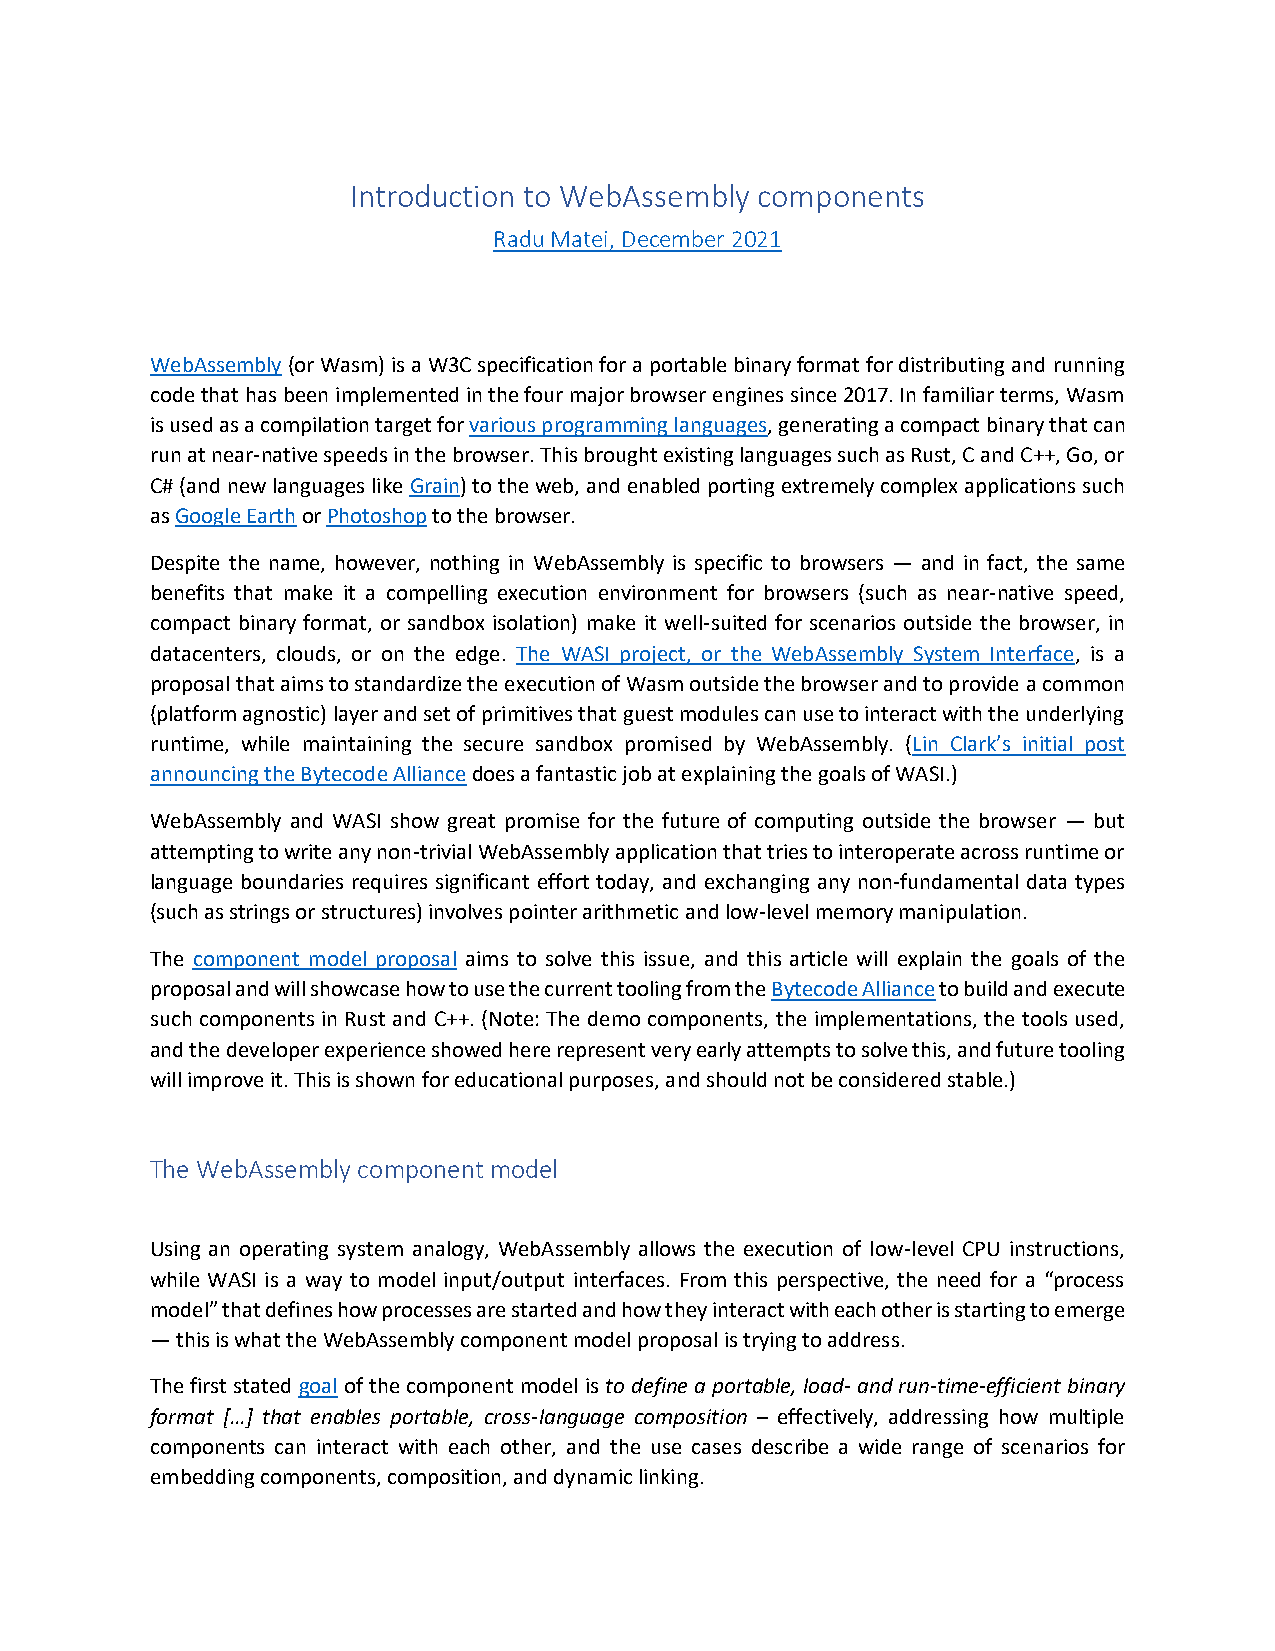
Introduction to WebAssembly components
 Radu Matei, December 2021
 WebAssembly (or Wasm) is a W3C specification for a portable binary format for distributing and running
 code that has been implemented in the four major browser engines since 2017. In familiar terms, Wasm
 is used as a compilation target for various programming languages, generating a compact binary that can
 run at near-native speeds in the browser. This brought existing languages such as Rust, C and C++, Go, or
 C# (and new languages like Grain) to the web, and enabled porting extremely complex applications such
 as Google Earth or Photoshop to the browser.
 Despite the name, however, nothing in WebAssembly is specific to browsers — and in fact, the same
 benefits that make it a compelling execution environment for browsers (such as near-native speed,
 compact binary format, or sandbox isolation) make it well-suited for scenarios outside the browser, in
 datacenters, clouds, or on the edge. The WASI project, or the WebAssembly System Interface, is a
 proposal that aims to standardize the execution of Wasm outside the browser and to provide a common
 (platform agnostic) layer and set of primitives that guest modules can use to interact with the underlying
 runtime, while maintaining the secure sandbox promised by WebAssembly. (Lin Clark’s initial post
 announcing the Bytecode Alliance does a fantastic job at explaining the goals of WASI.)
 WebAssembly and WASI show great promise for the future of computing outside the browser — but
 attempting to write any non-trivial WebAssembly application that tries to interoperate across runtime or
 language boundaries requires significant effort today, and exchanging any non-fundamental data types
 (such as strings or structures) involves pointer arithmetic and low-level memory manipulation.
 The component model proposal aims to solve this issue, and this article will explain the goals of the
 proposal and will showcase how to use the current tooling from the Bytecode Alliance to build and execute
 such components in Rust and C++. (Note: The demo components, the implementations, the tools used,
 and the developer experience showed here represent very early attempts to solve this, and future tooling
 will improve it. This is shown for educational purposes, and should not be considered stable.)
 The WebAssembly component model
 Using an operating system analogy, WebAssembly allows the execution of low-level CPU instructions,
 while WASI is a way to model input/output interfaces. From this perspective, the need for a “process
 model” that defines how processes are started and how they interact with each other is starting to emerge
 — this is what the WebAssembly component model proposal is trying to address.
 The first stated goal of the component model is to define a portable, load- and run-time-efficient binary
 format […] that enables portable, cross-language composition – effectively, addressing how multiple
 components can interact with each other, and the use cases describe a wide range of scenarios for
 embedding components, composition, and dynamic linking.